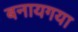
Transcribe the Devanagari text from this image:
बनायगया